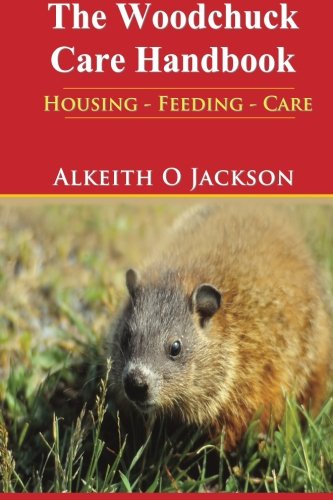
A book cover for The Woodchuck Care Handbook: Housing - Feeding And Care; Alkeith O Jackson; Crafts, Hobbies & Home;